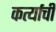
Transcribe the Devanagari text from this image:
कर्त्याची